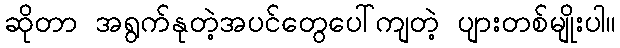
ဆိုတာ အရွက်နုတဲ့အပင်တွေပေါ်ကျတဲ့ ပျားတစ်မျိုးပါ။